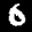
Label: 6